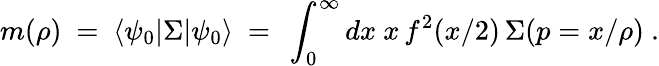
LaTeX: m(\rho)\ =\ \langle\psi_{0}|\Sigma|\psi_{0}\rangle\ =\ \int_{0}^{\infty}{dx\ x\, f^{2}(x/2)\, \Sigma(p=x/\rho)}\ .